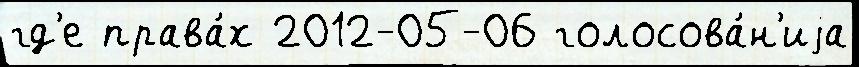
гд'е права́х 2012-05-06 голосова́н'иjа